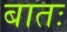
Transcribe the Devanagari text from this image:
बातः